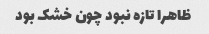
ظاهرا تازه نبود چون خشک بود